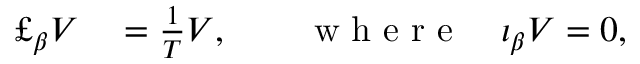
\begin{array} { r l } { \pounds _ { \beta } V } & { { } = \frac 1 T { \cal V } , \qquad \mathrm { ~ w ~ h ~ e ~ r ~ e ~ } \quad \iota _ { \beta } { \cal V } = 0 , } \end{array}